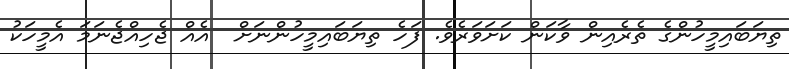
ތިޔަބައިމީހުންގެ ތެރެއިން ވާކަން ކަށަވަރެވެ. ފަހެ ތިޔަބައިމީހުންނަށް  އެއް ޖެހިއްޖެނަމަ އެމީހަކު